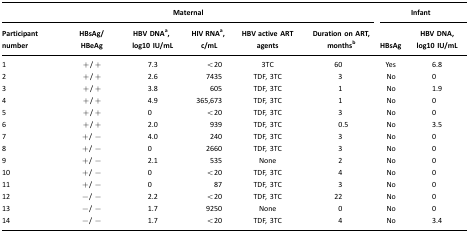
<table><thead><tr><td colspan="6"><b>Maternal</b></td><td colspan="2"><b>Infant</b></td></tr><tr><td><b>Participant number</b></td><td><b>HBsAg/HBeAg</b></td><td><b>HBV DNAa, log10 IU/mL</b></td><td><b>HIV RNAa, c/mL</b></td><td><b>HBV active ART agents</b></td><td><b>Duration on ART, monthsb</b></td><td><b>HBsAg</b></td><td><b>HBV DNA, log10 IU/mL</b></td></tr></thead><tbody><tr><td>1</td><td>+/ +</td><td>7.3</td><td>&lt;20</td><td>3TC</td><td>60</td><td>Yes</td><td>6.8</td></tr><tr><td>2</td><td>+/ +</td><td>2.6</td><td>7435</td><td>TDF, 3TC</td><td>3</td><td>No</td><td>0</td></tr><tr><td>3</td><td>+/ +</td><td>3.8</td><td>605</td><td>TDF, 3TC</td><td>1</td><td>No</td><td>1.9</td></tr><tr><td>4</td><td>+/ +</td><td>4.9</td><td>365,673</td><td>TDF, 3TC</td><td>1</td><td>No</td><td>0</td></tr><tr><td>5</td><td>+/ +</td><td>0</td><td>&lt;20</td><td>TDF, 3TC</td><td>3</td><td>No</td><td>0</td></tr><tr><td>6</td><td>+/ +</td><td>2.0</td><td>939</td><td>TDF, 3TC</td><td>0.5</td><td>No</td><td>3.5</td></tr><tr><td>7</td><td>+/ −</td><td>4.0</td><td>240</td><td>TDF, 3TC</td><td>3</td><td>No</td><td>0</td></tr><tr><td>8</td><td>+/ −</td><td>0</td><td>2660</td><td>TDF, 3TC</td><td>3</td><td>No</td><td>0</td></tr><tr><td>9</td><td>+/ −</td><td>2.1</td><td>535</td><td>None</td><td>2</td><td>No</td><td>0</td></tr><tr><td>10</td><td>+/ −</td><td>0</td><td>&lt;20</td><td>TDF, 3TC</td><td>4</td><td>No</td><td>0</td></tr><tr><td>11</td><td>+/ −</td><td>0</td><td>87</td><td>TDF, 3TC</td><td>3</td><td>No</td><td>0</td></tr><tr><td>12</td><td>−/ −</td><td>2.2</td><td>&lt;20</td><td>TDF, 3TC</td><td>22</td><td>No</td><td>0</td></tr><tr><td>13</td><td>−/ −</td><td>1.7</td><td>9250</td><td>None</td><td>0</td><td>No</td><td>0</td></tr><tr><td>14</td><td>−/ −</td><td>1.7</td><td>&lt;20</td><td>TDF, 3TC</td><td>4</td><td>No</td><td>3.4</td></tr></tbody></table>